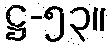
ဋ္ဌ-၅၃။